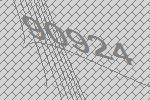
90924